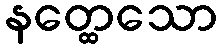
နတ္ထေသော